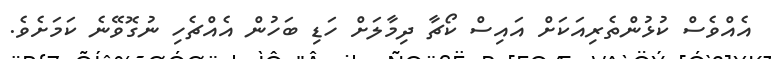
އެއްވެސް ކުޅުންތެރިއަކަށް އައިސް ކޯޗާ ދިމާލަށް ހަޑި ބަހުން އެއްޗެހި ނުގޮވޭނެ ކަމަށެވެ.